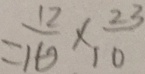
= \frac { 1 2 } { 1 0 } \times \frac { 2 3 } { 1 0 }